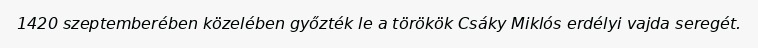
1420 szeptemberében közelében győzték le a törökök Csáky Miklós erdélyi vajda seregét.